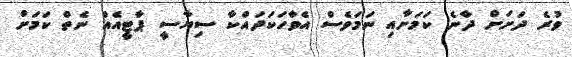
ވުރެ ދަށަށް ދާނެ ކަމަށާއި ނަމަވެސް އެވާހަކަދައްކާ ސިޔާސީ ޕާޓީއެއް ނެތް ކަމަށް